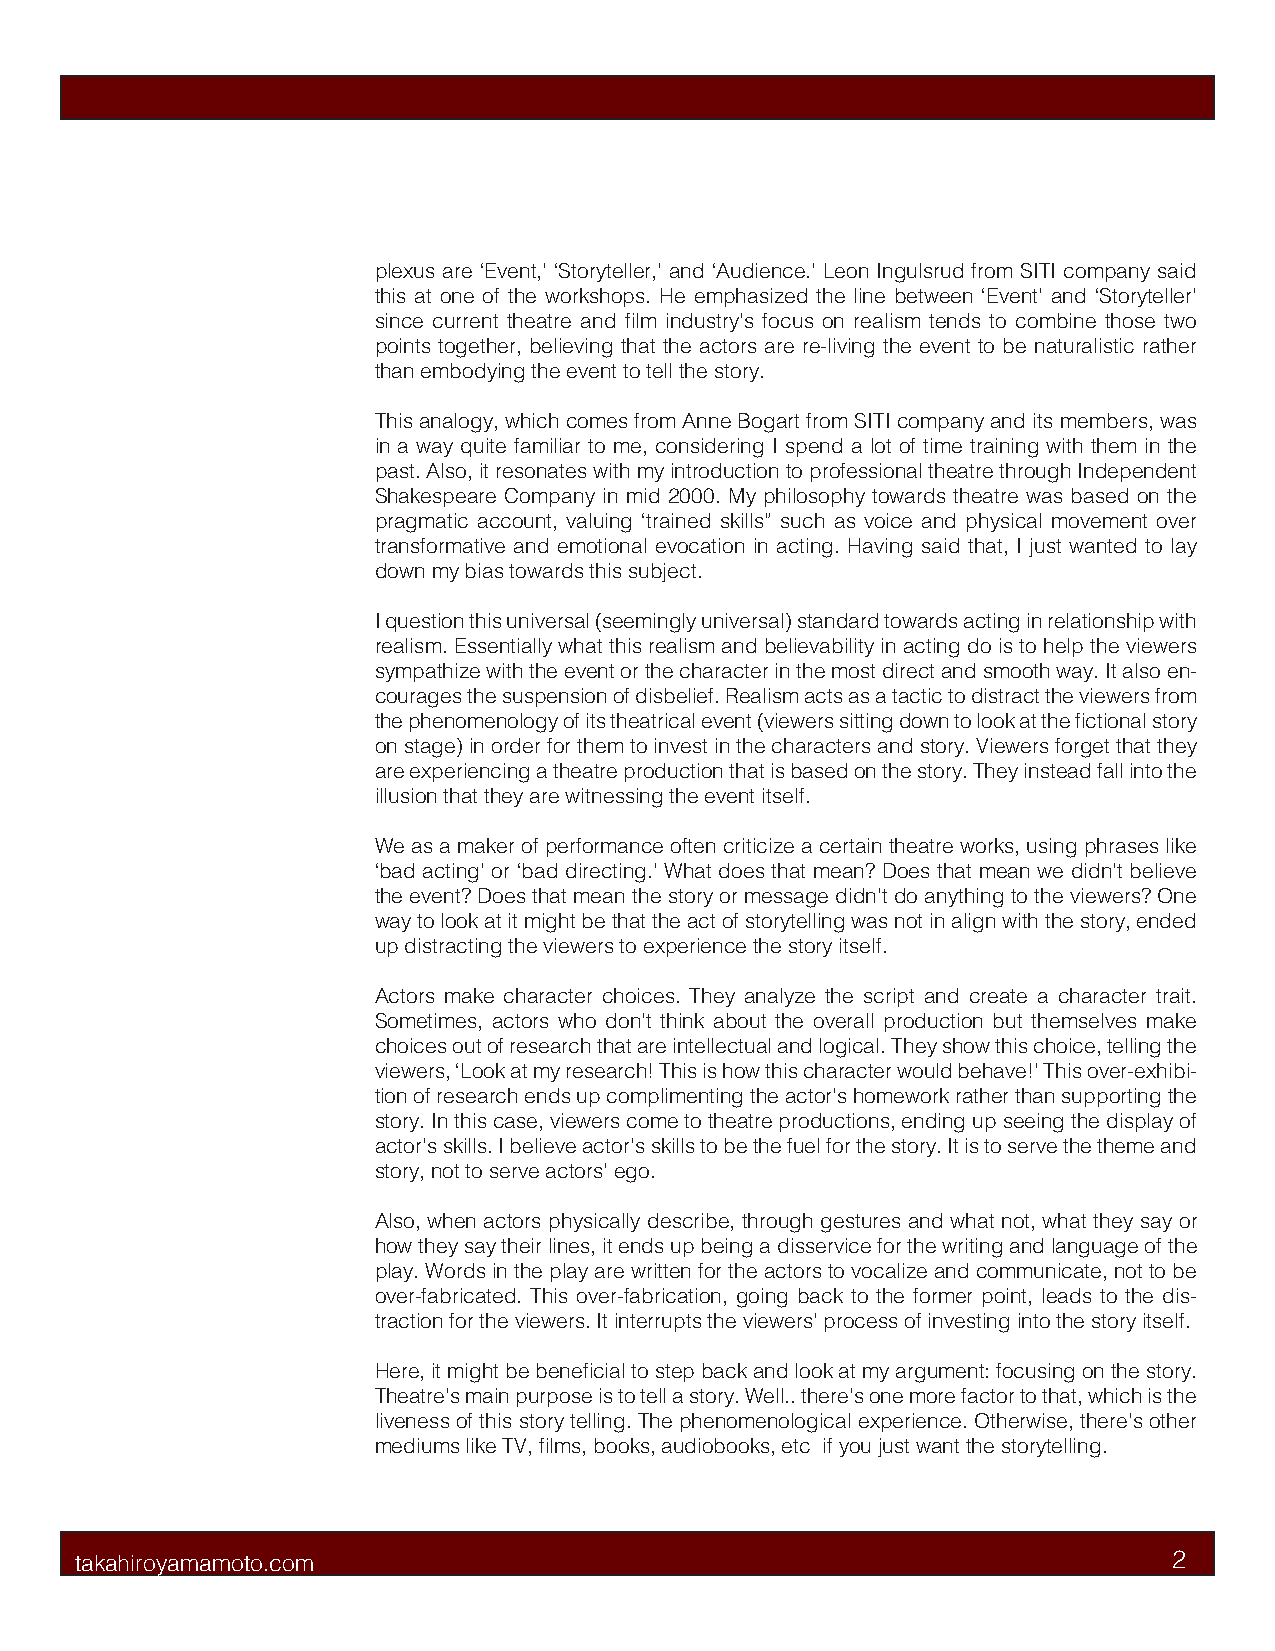
plexus are ‘Event,’ ‘Storyteller,’ and ‘Audience.’ Leon Ingulsrud from SITI company said
 this at one of the workshops. He emphasized the line between ‘Event’ and ‘Storyteller’
 since current theatre and film industry’s focus on realism tends to combine those two
 points together, believing that the actors are re-living the event to be naturalistic rather
 than embodying the event to tell the story.
 This analogy, which comes from Anne Bogart from SITI company and its members, was
 in a way quite familiar to me, considering I spend a lot of time training with them in the
 past. Also, it resonates with my introduction to professional theatre through Independent
 Shakespeare Company in mid 2000. My philosophy towards theatre was based on the
 pragmatic account, valuing ‘trained skills” such as voice and physical movement over
 transformative and emotional evocation in acting. Having said that, I just wanted to lay
 down my bias towards this subject.
 I question this universal (seemingly universal) standard towards acting in relationship with
 realism. Essentially what this realism and believability in acting do is to help the viewers
 sympathize with the event or the character in the most direct and smooth way. It also en-
 courages the suspension of disbelief. Realism acts as a tactic to distract the viewers from
 the phenomenology of its theatrical event (viewers sitting down to look at the fictional story
 on stage) in order for them to invest in the characters and story. Viewers forget that they
 are experiencing a theatre production that is based on the story. They instead fall into the
 illusion that they are witnessing the event itself.
 We as a maker of performance often criticize a certain theatre works, using phrases like
 ‘bad acting’ or ‘bad directing.’ What does that mean? Does that mean we didn’t believe
 the event? Does that mean the story or message didn’t do anything to the viewers? One
 way to look at it might be that the act of storytelling was not in align with the story, ended
 up distracting the viewers to experience the story itself.
 Actors make character choices. They analyze the script and create a character trait.
 Sometimes, actors who don’t think about the overall production but themselves make
 choices out of research that are intellectual and logical. They show this choice, telling the
 viewers, ‘Look at my research! This is how this character would behave!’ This over-exhibi-
 tion of research ends up complimenting the actor’s homework rather than supporting the
 story. In this case, viewers come to theatre productions, ending up seeing the display of
 actor’s skills. I believe actor’s skills to be the fuel for the story. It is to serve the theme and
 story, not to serve actors’ ego.
 Also, when actors physically describe, through gestures and what not, what they say or
 how they say their lines, it ends up being a disservice for the writing and language of the
 play. Words in the play are written for the actors to vocalize and communicate, not to be
 over-fabricated. This over-fabrication, going back to the former point, leads to the dis-
 traction for the viewers. It interrupts the viewers’ process of investing into the story itself.
 Here, it might be beneficial to step back and look at my argument: focusing on the story.
 Theatre’s main purpose is to tell a story. Well.. there’s one more factor to that, which is the
 liveness of this story telling. The phenomenological experience. Otherwise, there’s other
 mediums like TV, films, books, audiobooks, etc if you just want the storytelling.
 takahiroyamamoto.com                                                     2